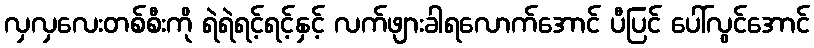
လှလှလေးတစ်စီးကို ရဲရဲရင့်ရင့်နှင့် လက်ဖျားခါရလောက်အောင် ပီပြင် ပေါ်လွင်အောင်